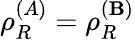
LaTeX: \rho_{R}^{(A)}=\rho_{R}^{(\mathbf{B})}